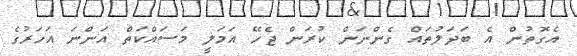
އެގޮތުން އެ ބަދަލުތައް ގެންނަން ކުރަން ޖެހޭ އަމަލީ މަސައްކަތް އަންނަ އަހަރުގެ